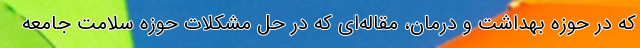
که در حوزه بهداشت و درمان، مقاله‌ای که در حل مشکلات حوزه سلامت جامعه